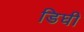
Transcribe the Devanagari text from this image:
डिघी